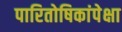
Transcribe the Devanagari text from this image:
पारितोषिकांपेक्षा